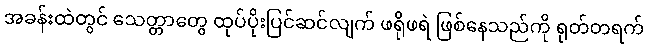
အခန်းထဲတွင် သေတ္တာတွေ ထုပ်ပိုးပြင်ဆင်လျက် ဖရိုဖရဲ ဖြစ်နေသည်ကို ရုတ်တရက်